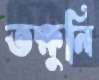
তক্ষুনি